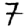
Digit: 7